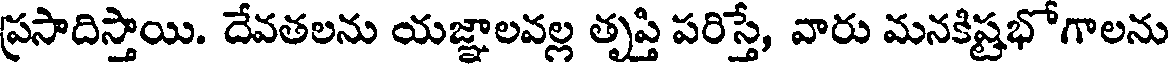
ప్రసాదిస్తాయి. దేవతలను యజ్ఞాలవల్ల తృప్తి పరిస్తే, వారు మనకిష్టభోగాలను